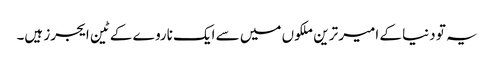
یہ تو دنیا کے امیر ترین ملکوں میں سے ایک ناروے کے ٹین ایجرز ہیں۔